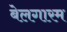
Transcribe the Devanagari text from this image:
बेलगारम